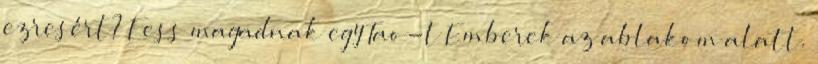
ezresért? Fess magadnak egy Tao-t Emberek az ablakom alatt.